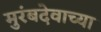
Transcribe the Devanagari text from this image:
मुरंबदेवाच्या